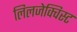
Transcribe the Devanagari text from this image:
लिलजेक्विस्ट